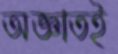
অজ্ঞাতই